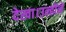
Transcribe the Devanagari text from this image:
देखा।उन्होंने